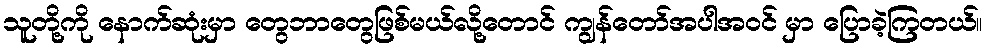
သူတို့ကို နောက်ဆုံးမှာ တွေဘာတွေဖြစ်မယ်လို့တောင် ကျွန်တော်အပါအဝင် မှာ ပြောခဲ့ကြတယ်။